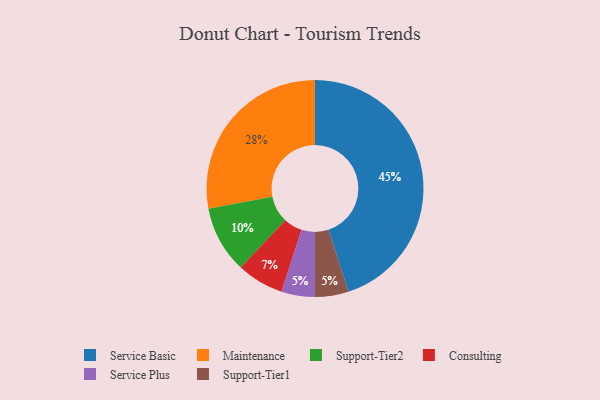
{"axis": {"x": "Category", "y": "Percentage"}, "legend": ["Consulting", "Maintenance", "Service Basic", "Service Plus", "Support-Tier1", "Support-Tier2"], "data": [{"x": "Maintenance", "y": 28, "type": "Maintenance"}, {"x": "Support-Tier2", "y": 10, "type": "Support-Tier2"}, {"x": "Consulting", "y": 7, "type": "Consulting"}, {"x": "Service Plus", "y": 5, "type": "Service Plus"}, {"x": "Support-Tier1", "y": 5, "type": "Support-Tier1"}, {"x": "Service Basic", "y": 45, "type": "Service Basic"}]}